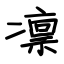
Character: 凛